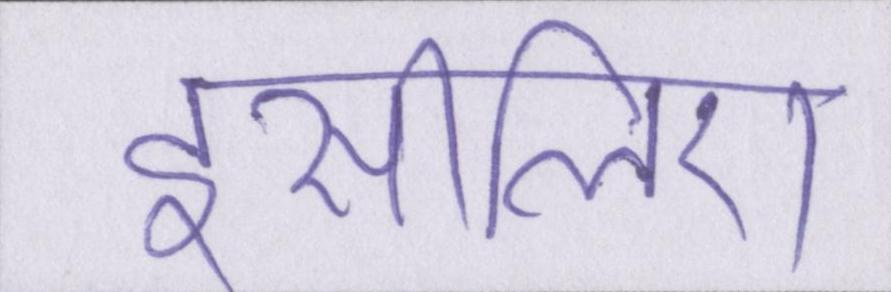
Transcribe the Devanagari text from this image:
इसीलिए